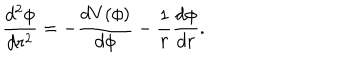
\frac { d ^ { 2 } \phi } { d r ^ { 2 } } = - \frac { d V ( \phi ) } { d \phi } - \frac { 1 } { r } \frac { d \phi } { d r } .